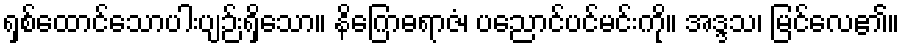
ရှစ်ထောင်သောပါးပျဉ်းရှိသော။ နိဂြောဓရာဇံ၊ ပညောင်ပင်မင်းကို။ အဒ္ဒသ၊ မြင်လေ၏။